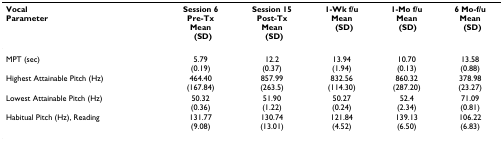
<table><thead><tr><td><b>Vocal Parameter</b></td><td><b>Session 6Pre-Tx Mean(SD)</b></td><td><b>Session 15Post-Tx Mean(SD)</b></td><td><b>1-Wk f/uMean(SD)</b></td><td><b>1-Mo f/u Mean (SD)</b></td><td><b>6 Mo-f/uMean(SD)</b></td></tr></thead><tbody><tr><td>MPT (sec)</td><td>5.79 (0.19)</td><td>12.2 (0.37)</td><td>13.94 (1.94)</td><td>10.70 (0.13)</td><td>13.58 (0.88)</td></tr><tr><td>Highest Attainable Pitch (Hz)</td><td>464.40 (167.84)</td><td>857.99 (263.5)</td><td>832.56 (114.30)</td><td>860.32 (287.20)</td><td>378.98 (23.27)</td></tr><tr><td>Lowest Attainable Pitch (Hz)</td><td>50.32 (0.36)</td><td>51.90 (1.22)</td><td>50.27 (0.24)</td><td>52.4 (2.34)</td><td>71.09 (0.81)</td></tr><tr><td>Habitual Pitch (Hz), Reading</td><td>131.77 (9.08)</td><td>130.74 (13.01)</td><td>121.84 (4.52)</td><td>139.13 (6.50)</td><td>106.22 (6.83)</td></tr></tbody></table>